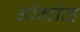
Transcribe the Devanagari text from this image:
आंक्लेव्ह